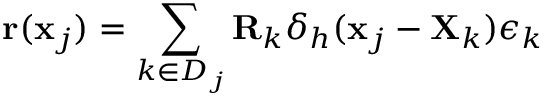
\mathbf { r } ( \mathbf { x } _ { j } ) = \sum _ { k \in D _ { j } } \mathbf { R } _ { k } \delta _ { h } ( \mathbf { x } _ { j } - \mathbf { X } _ { k } ) \boldsymbol { \epsilon } _ { k }